Calcutta medical institutions reports 1892-1900
Year: 1892
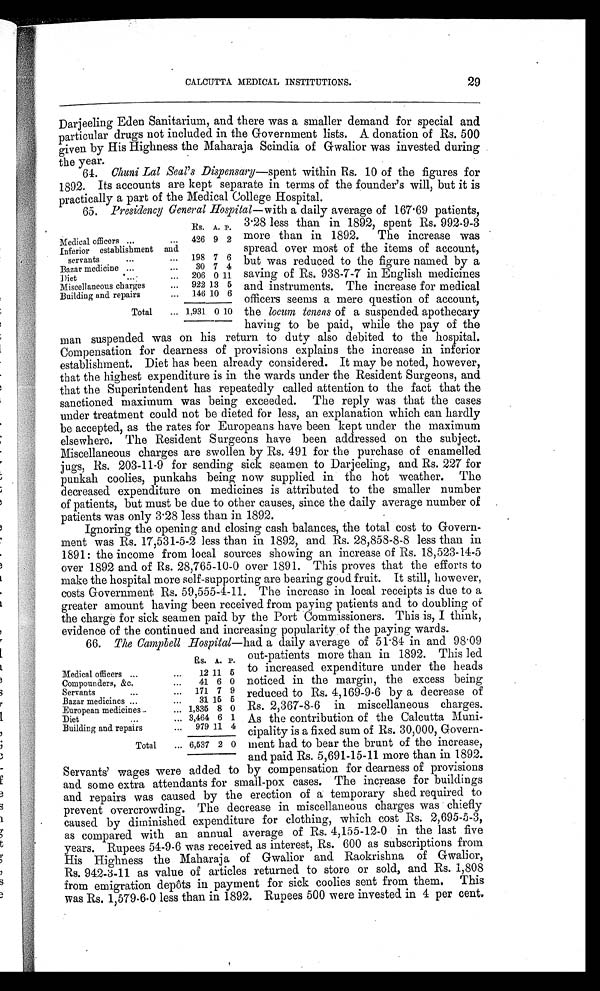
CALCUTTA MEDICAL INSTITUTIONS.
Darjeeling Eden Sanitarium, and there was a smaller demand for special and
particular drugs not included in the Government lists. A donation of Rs. 500
given by His Highness the Maharaja Scindia of Gwalior was invested during
the year.
64. Chuni Lal Seal's Dispensary —spent within Rs. 10 of the figures for
1892. Its accounts are kept separate in terms of the founder's will, but it is
practically a part of the Medical College Hospital.
65. Presidency General Hospital —with a daily average of 167.69 patients,
29
Rs. A. P.
Medical officers ...
...
426 9 2
Inferior establishment and
servants
...
...
198 7 6
Bazar medicine ...
...
30 7 4
D i e t
...
... 206 0 11
Miscellaneous charges
...
922 13 5
Building and repairs
...
146 10 6
Total
... 1,931 0 10
3.28 less than in 1892, spent Rs. 992-9-3
more than in 1892. The increase was
spread over most of the items of account,
but was reduced to the figure named by a
saving of Rs. 938-7-7 in English medicines
and instruments. The increase for medical
officers seems a mere question of account,
the locum tenens of a suspended apothecary
having to be paid, while the pay of the
man suspended was on his return to duty also debited to the hospital.
Compensation for dearness of provisions explains the increase in inferior
establishment. Diet has been already considered. It may be noted, however,
that the highest expenditure is in the wards under the Resident Surgeons, and
that the Superintendent has repeatedly called attention to the fact that the
sanctioned maximum was being exceeded. The reply was that the cases
under treatment could not be dieted for less, an explanation which can hardly
be accepted, as the rates for Europeans have been kept under the maximum
elsewhere. The Resident Surgeons have been addressed on the subject.
Miscellaneous charges are swollen by Rs. 491 for the purchase of enamelled
jugs, Rs. 203-11-9 for sending sick seamen to Darjeeling, and Rs. 227 for
punkah coolies, punkahs being now supplied in the hot weather. The
decreased expenditure on medicines is attributed to the smaller number
of patients, but must be due to other causes, since the daily average number of
patients was only 3 . 28 less than in 1892.
Ignoring the opening and closing cash balances, the total cost to Govern-
ment was Rs. 17,531-5-2 less than in 1892, and Rs. 28,858-8-8 less than in
1891: the income from local sources showing an increase of Rs. 18,523-14-5
over 1892 and of Rs. 28,765-10-0 over 1891. This proves that the efforts to
make the hospital more self-supporting are bearing good fruit. It still, however,
costs Government Rs. 59,555-4-11. The increase in local receipts is due to a
greater amount having been received from paying patients and to doubling of
the charge for sick seamen paid by the Port Commissioners. This is, I think,
evidence of the continued and increasing popularity of the paying wards.
66. The Campbell Hospital —had a daily average of 51.84 in and 98.09
Rs.
A. P.
Medical officers ...
...
12 11 5
Compounders, &c.
...
41 6 0
Servants
...
...
171 7 9
Bazar medicines ...
...
31 15 5
European medicines . . .
... 1,835 8 0
Diet
. . .
... 3,464 6 1
Building and repairs
...
979 11 4
Total
... 6,537 2 0
out-patients more than in 1892. This led
to increased expenditure under the heads
noticed in the margin, the excess being
reduced to Rs. 4,169-9-6 by a decrease of
Rs. 2,367-8-6 in miscellaneous charges.
As the contribution of the Calcutta Muni-
cipality is a fixed sum of Rs. 30,000, Govern-
ment had to bear the brunt of the increase,
and paid Rs. 5,691-15-11 more than in 1892.
Servants' wages were added to by compensation for dearness of provisions
and some extra attendants for small-pox cases. The increase for buildings
and repairs was caused by the erection of a temporary shed required to
prevent overcrowding. The decrease in miscellaneous charges was chiefly
caused by diminished expenditure for clothing, which cost Rs. 2,695-5-3,
as compared with an annual average of Rs. 4,155-12-0 in the last five
years. Rupees 54-9-6 was received as interest, Rs. 600 as subscriptions from
His Highness the Maharaja of Gwalior and Raokrishna of Gwalior,
Rs. 942-3-11 as value of articles returned to store or sold, and Rs. 1,808
from emigration depôts in payment for sick coolies sent from them. This
was Rs. 1,579-6-0 less than in 1892. Rupees 500 were invested in 4 per cent.